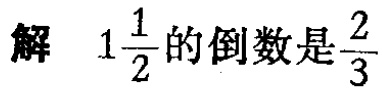
解 \(1\frac{1}{2}\)的倒数是\(\frac{2}{3}\)